画像に写った文字を読んでください
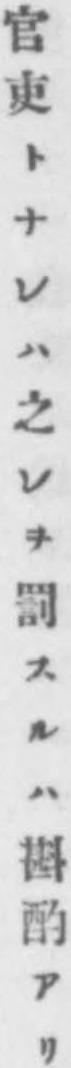
「官吏トナレハ之レヲ罰スルハ斟酌アリ」と書いてあります